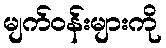
မျက်ဝန်းများကို